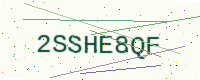
Text: 2SSHE8QF